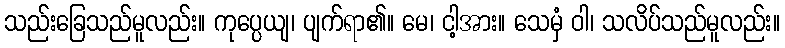
သည်းခြေသည်မူလည်း။ ကုပ္ပေယျ၊ ပျက်ရာ၏။ မေ၊ ငါ့အား။ သေမှံ ဝါ၊ သလိပ်သည်မူလည်း။